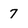
Character: 7